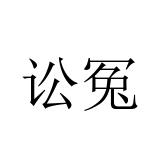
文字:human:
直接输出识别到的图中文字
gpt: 讼冤